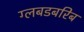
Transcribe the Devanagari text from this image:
ग्लबडबरिब